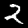
Label: 2